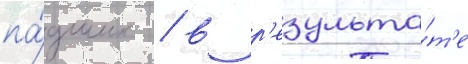
па́дших / в р'езульта́т'е